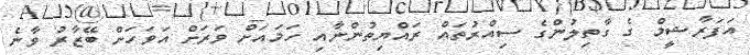
އަފަރާޝީމް ގެ ގާތިލުންގެ ސިއްރުތައް ރައްޔިތުންނާއި ހަމައަށް ވަރަށް އަވަހަށް ބޭޒާރު ވާނެ